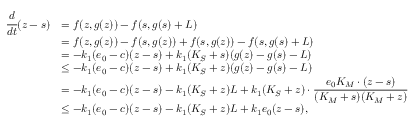
\begin{array} { r l } { \cfrac { d } { d t } ( z - s ) } & { = f ( z , g ( z ) ) - f ( s , g ( s ) + L ) } \\ & { = f ( z , g ( z ) ) - f ( s , g ( z ) ) + f ( s , g ( z ) ) - f ( s , g ( s ) + L ) } \\ & { = - k _ { 1 } ( e _ { 0 } - c ) ( z - s ) + k _ { 1 } ( K _ { S } + s ) ( g ( z ) - g ( s ) - L ) } \\ & { \leq - k _ { 1 } ( e _ { 0 } - c ) ( z - s ) + k _ { 1 } ( K _ { S } + z ) ( g ( z ) - g ( s ) - L ) } \\ & { = - k _ { 1 } ( e _ { 0 } - c ) ( z - s ) - k _ { 1 } ( K _ { S } + z ) L + k _ { 1 } ( K _ { S } + z ) \cdot \cfrac { e _ { 0 } K _ { M } \cdot ( z - s ) } { ( K _ { M } + s ) ( K _ { M } + z ) } } \\ & { \leq - k _ { 1 } ( e _ { 0 } - c ) ( z - s ) - k _ { 1 } ( K _ { S } + z ) L + k _ { 1 } e _ { 0 } ( z - s ) , } \end{array}